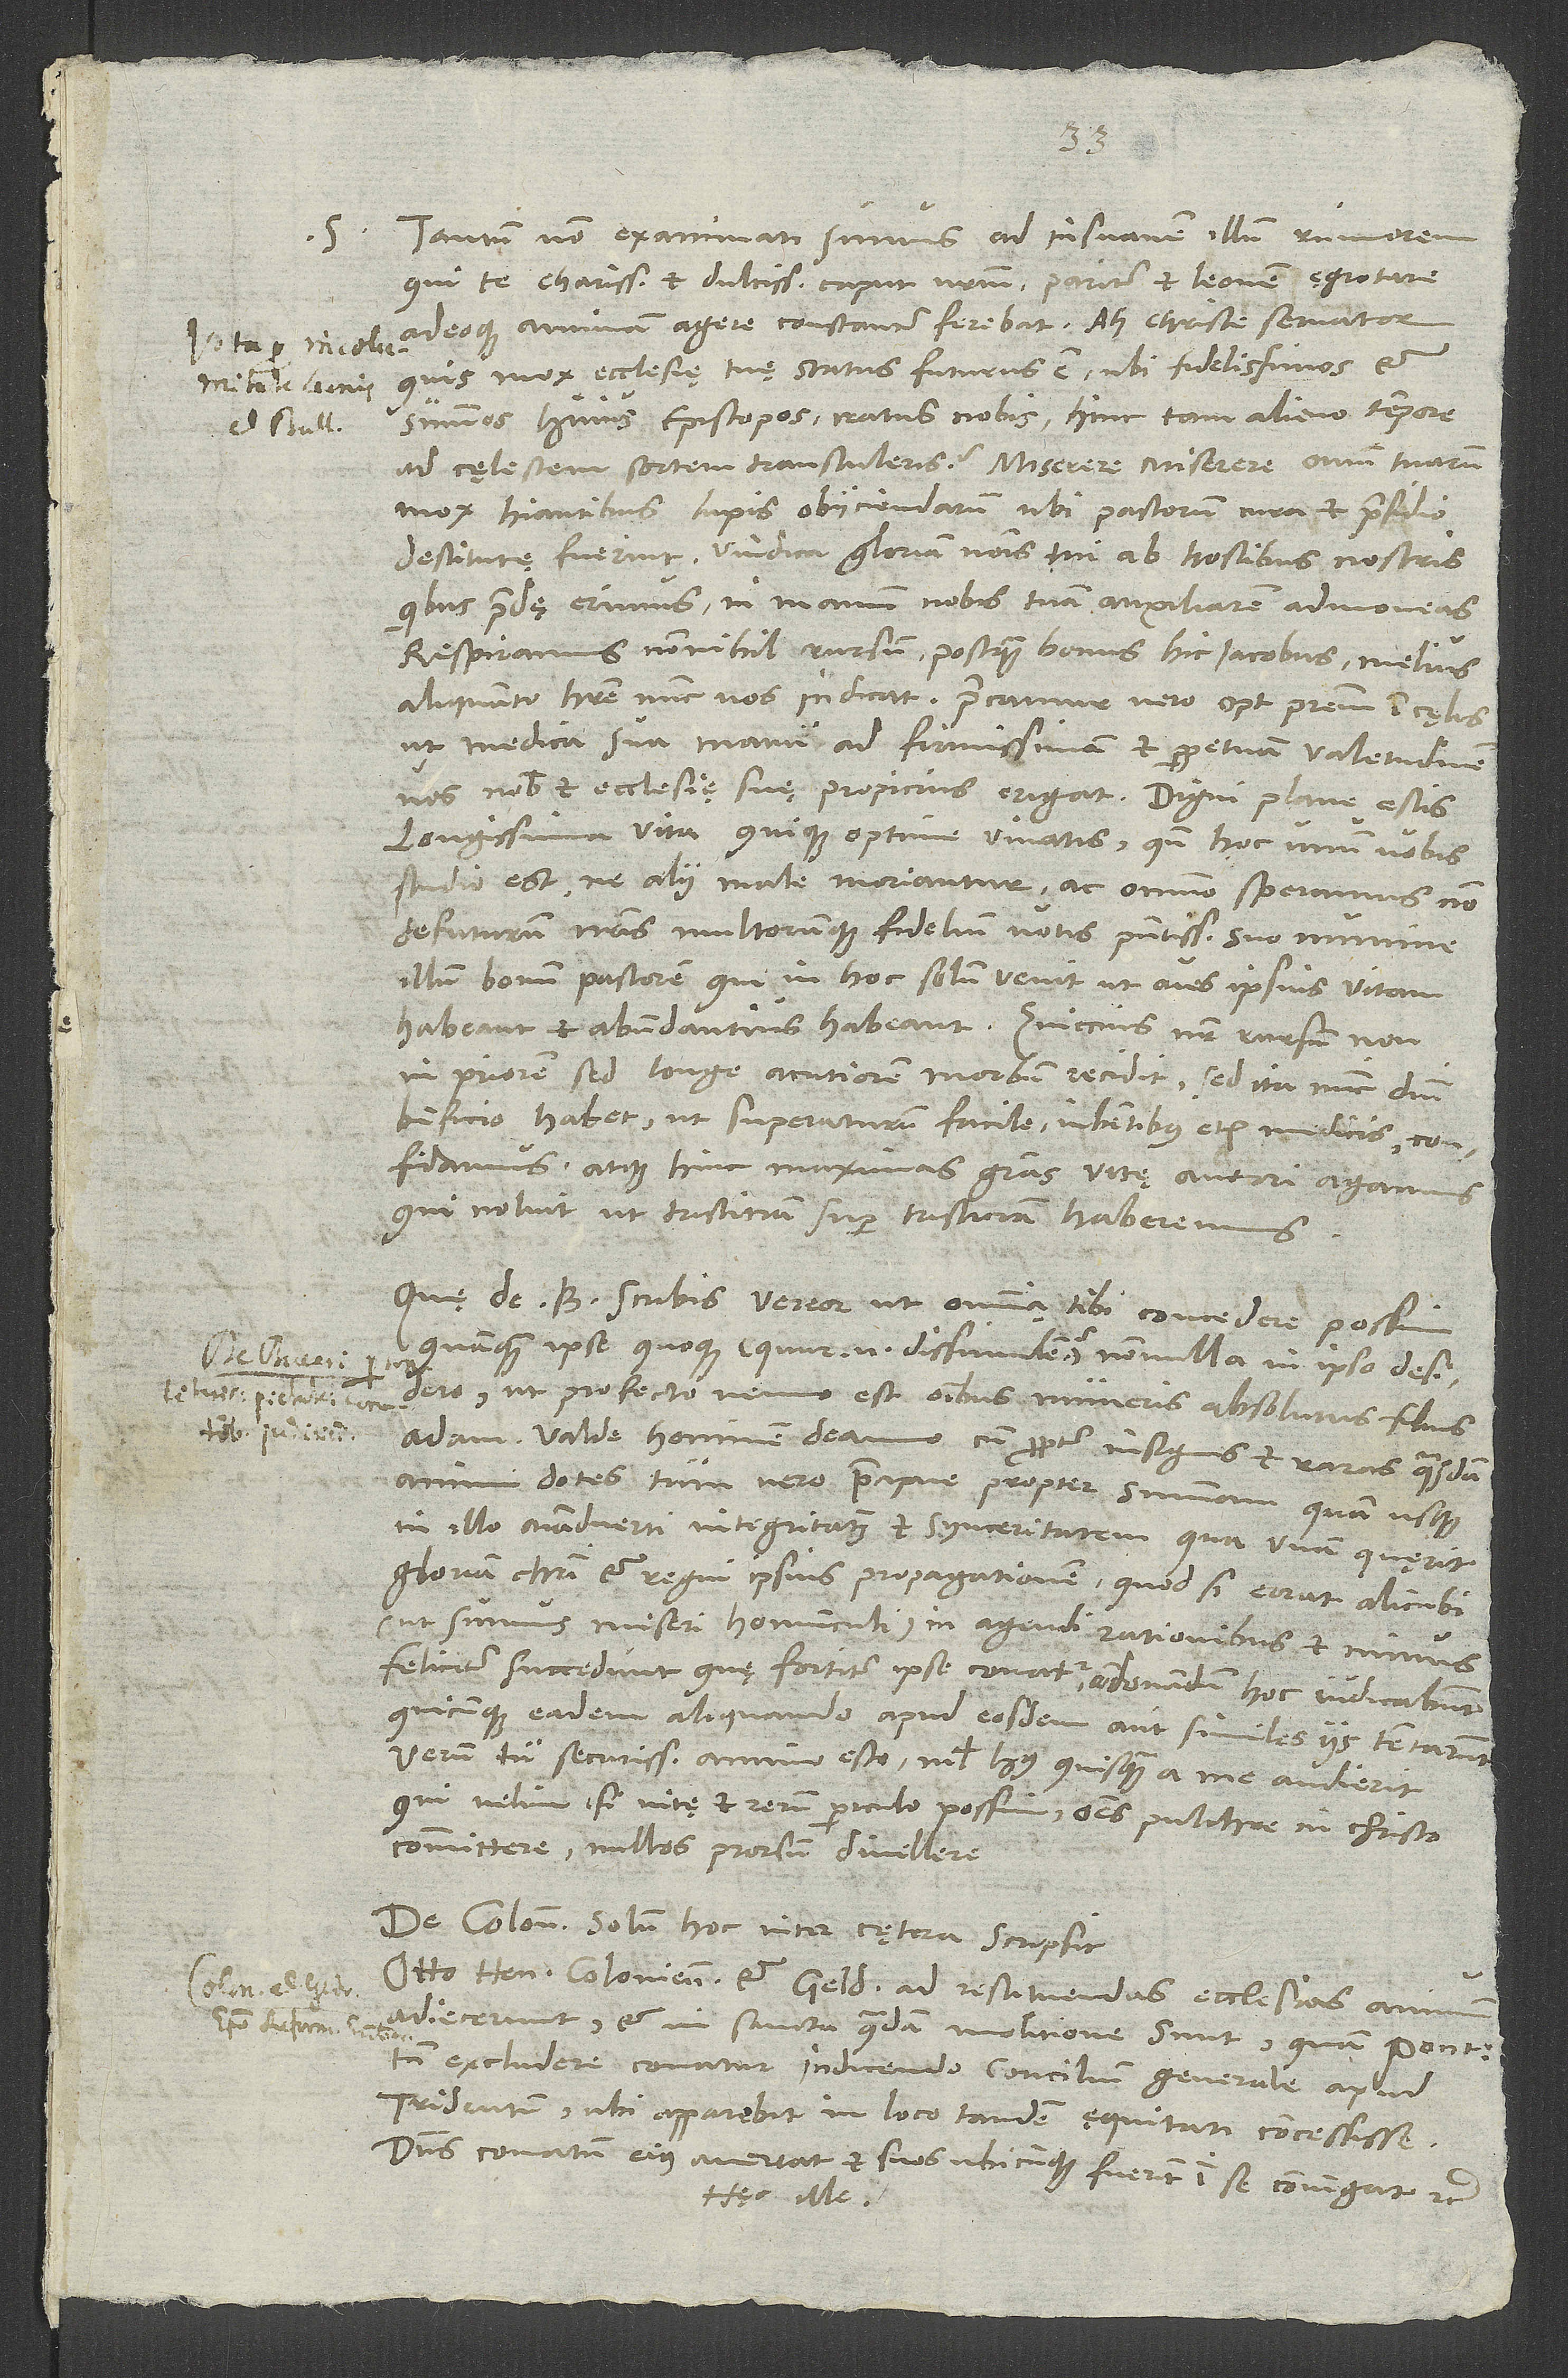
Tantum non exanimati sumus ad insuavem illum rumorem,
S.
qui te, charissimum et dulcissimum caput nostrum, pariter et Leonem ęgrotare
adeoque animam agere constanter ferebat. Ah Christe servator,
quis mox ecclesię tuę status futurus est, ubi fidelissimos et
summos huius episcopos iratus nobis hinc tam alieno tempore
ad cęlestem sortem transtuleris? Miserere, miserere ovium tuarum
mox hiantibus lupis obiiciendarum, ubi pastorum cura et praesidio
destitutę fuerint; vindica gloriam nominis tui ab hostibus nostris,
quibus praedę erimus, ni manum nobis tuam auxiliarem admoveas.
Respiramus nonnihil rursum, postquam bonus hic Iacobus melius
aliquanto habere nunc nos indicat; precamur vero optimum patrem in cęlis,
ut medica sua manu ad firmissimam et perpetuam valetudinem
vos nobis et ecclesię suę propicius erigat. Digni plane estis
longissima vita, quique optime vivatis, quando hoc unum vobis
studio est, ne alii male moriantur, ac omnino speramus non
defuturum nostris multorumque fidelium votis praesentissimo suo numine
illum bonum pastorem, qui in hoc solum venit, ut oves ipsius vitam
habeant et abundantius habeant. Zviccius noster rursum non
in priorem, sed longe acutiorem morbum recidit, sed ita nunc domini
beneficio habet, ut superaturum facile iubentibus etiam medicis confidamus
atque hinc maximas gratias vitę autori agamus,
qui noluit, ut tristiciam super tristiciam haberemus.
Quę de B scribis, vereor, ut omnia tibi concedere possim,
quamquam ipse quoque (quur enim dissimulem) nonnulla in ipso desidero,
ut profecto nemo est omnibus numeris absolutus filius
Adam. Valde hominem deamo cum propter insignes et varias quasdam
animi dotes, tum vero praecipue propter summam, quam usque
in illo animadverti, integritatem et synceritatem, qua veram quęrit
(ut sumus miseri homunculi) in agendi rationibus et minus
feliciter succedunt, quę fortiter ipse conatur, condonandum hoc iudicabunt,
quicunque eadem aliquando apud eosdem aut similes iis tentarunt.
Verum tu securissimo animo esto: Nihil huius quisquam a me audierit,
qui velim, si vitę et rerum periculo possim, omnes pulchre in Christo
committere, nullos prorsum divellere.
De Coloniensi solum hoc inter cętera scripsit:
„Otto Henricus, Coloniensis et Geldrus ad restituendas ecclesias animum
adiecerunt et in sancta quadam molitione sunt, quam pontifex
tamen excludere conatur indicendo concilium generale apud
Tridentum, ubi apparebit in loco tandem ęquitati concessisse.
Dominus conatum eius avertat et suos, ubicunque fuerint, in se coniungat“ etc.
Hęc ille.